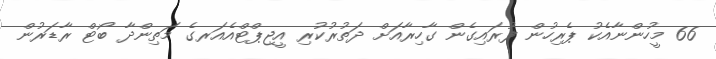
66 މީހުންނާއެކު ޕެރިހުން ފުރައިގެން ގާހިރާއަށް ދަތުރުކުރި އީޖިޕްޓްއެއަރގެ މަތިންދާ ބޯޓް ރާޑަރުން